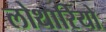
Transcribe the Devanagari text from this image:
लोथारियो